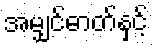
အမျှင်ဓာတ်နှင့်